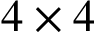
4 \times 4